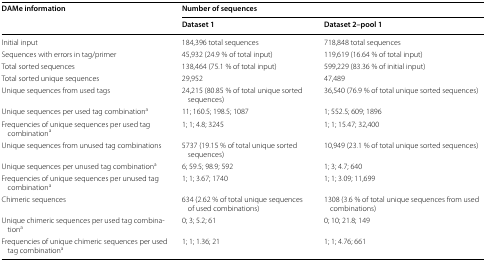
<table><thead><tr><td rowspan="2"><b>DAMe information</b></td><td colspan="2"><b>Number of sequences</b></td></tr><tr><td><b>Dataset 1</b></td><td><b>Dataset 2–pool 1</b></td></tr></thead><tbody><tr><td>Initial input</td><td>184,396 total sequences</td><td>718,848 total sequences</td></tr><tr><td>Sequences with errors in tag/primer</td><td>45,932 (24.9 % of total input)</td><td>119,619 (16.64 % of total input)</td></tr><tr><td>Total sorted sequences</td><td>138,464 (75.1 % of total input)</td><td>599,229 (83.36 % of initial input)</td></tr><tr><td>Total sorted unique sequences</td><td>29,952</td><td>47,489</td></tr><tr><td>Unique sequences from used tags</td><td>24,215 (80.85 % of total unique sorted sequences)</td><td>36,540 (76.9 % of total unique sorted sequences)</td></tr><tr><td>Unique sequences per used tag combination<sup>a</sup></td><td>11; 160.5; 198.5; 1087</td><td>1; 552.5; 609; 1896</td></tr><tr><td>Frequencies of unique sequences per used tag combination<sup>a</sup></td><td>1; 1; 4.8; 3245</td><td>1; 1; 15.47; 32,400</td></tr><tr><td>Unique sequences from unused tag combinations</td><td>5737 (19.15 % of total unique sorted sequences)</td><td>10,949 (23.1 % of total unique sorted sequences)</td></tr><tr><td>Unique sequences per unused tag combination<sup>a</sup></td><td>6; 59.5; 98.9; 592</td><td>1; 3; 4.7; 640</td></tr><tr><td>Frequencies of unique sequences per unused tag combination<sup>a</sup></td><td>1; 1; 3.67; 1740</td><td>1; 1; 3.09; 11,699</td></tr><tr><td>Chimeric sequences</td><td>634 (2.62 % of total unique sequences of used combinations)</td><td>1308 (3.6 % of total unique sequences from used combinations)</td></tr><tr><td>Unique chimeric sequences per used tag combination<sup>a</sup></td><td>0; 3; 5.2; 61</td><td>0; 10; 21.8; 149</td></tr><tr><td>Frequencies of unique chimeric sequences per used tag combination<sup>a</sup></td><td>1; 1; 1.36; 21</td><td>1; 1; 4.76; 661</td></tr></tbody></table>